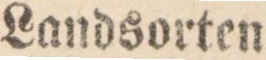
Landsorten.